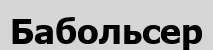
Бабольсер